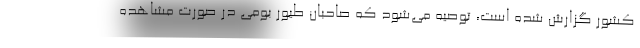
کشور گزارش شده است، توصیه می‌شود که صاحبان طیور بومی در صورت مشاهده